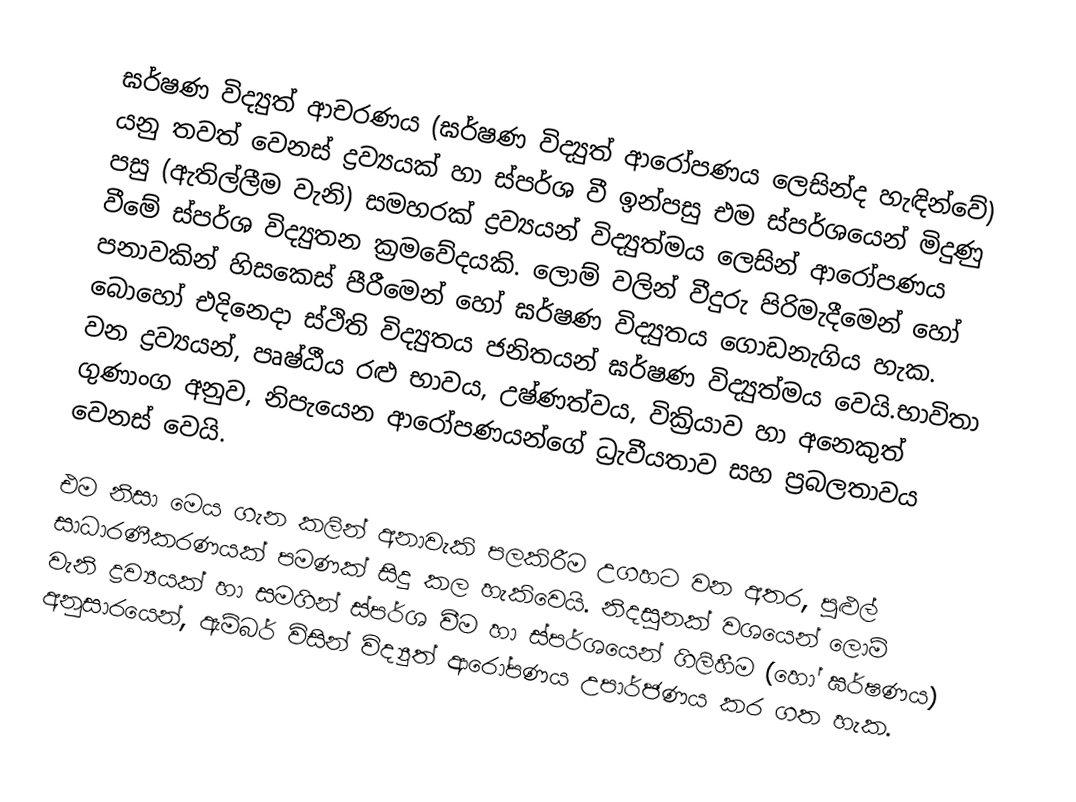
ඝර්ෂණ විද්‍යුත් ආචරණය (ඝර්ෂණ විද්‍යුත් ආරෝපණය ලෙසින්ද හැඳින්වේ) යනු තවත් වෙනස් ද්‍රව්‍යයක් හා ස්පර්ශ වී ඉන්පසු එම ස්පර්ශයෙන් මිදුණු පසු (ඇතිල්ලීම වැනි) සමහරක් ද්‍රව්‍යයන්  විද්‍යුත්මය ලෙසින් ආරෝපණය වීමේ  ස්පර්ශ විද්‍යුතන ක්‍රමවේදයකි. ලොම් වලින් වීදුරු පිරිමැදීමෙන් හෝ පනාවකින් හිසකෙස් පීරීමෙන් හෝ ඝර්ෂණ විද්‍යුතය ගොඩනැගිය හැක. බොහෝ එදිනෙදා ස්ථිති විද්‍යුතය ජනිතයන් ඝර්ෂණ විද්‍යුත්මය වෙයි.භාවිතා වන ද්‍රව්‍යයන්, පෘෂ්ඨීය රළු භාවය, උෂ්ණත්වය, වික්‍රියාව හා අනෙකුත් ගුණාංග අනුව,  නිපැයෙන ආරෝපණයන්ගේ ධ්‍රැවීයතාව සහ ප්‍රබලතාවය වෙනස් වෙයි.

එම නිසා මෙය ගැන කලින් අනාවැකි පලකිරීම උගහට වන අතර, පුළුල් සාධාරණීකරණයක් පමණක් සිදු කල හැකිවෙයි. නිදසුනක් වශයෙන් ලොම් වැනි ද්‍රව්‍යයක් හා සමගින් ස්පර්ශ වීම හා ස්පර්ශයෙන් ගිලිහීම  (හෝ ඝර්ෂණය) අනුසාරයෙන්,  ඇම්බර් විසින් විද්‍යුත් ආරෝපණය උපාර්ජණය කර ගත හැක.